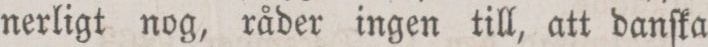
nerligt nog, råder ingen till, att danſka